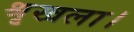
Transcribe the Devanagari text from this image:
श्रृखला।